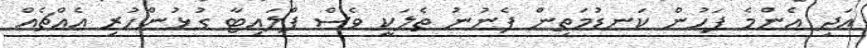
އަދި އެންމެ ފަހުން ކަނޑުމަތިން ފެނުނު ތެލަކީ ވެސް ފްލައިޓާ ގުޅުންހުރި އެއްޗެއް